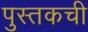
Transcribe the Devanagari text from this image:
पुस्तकची